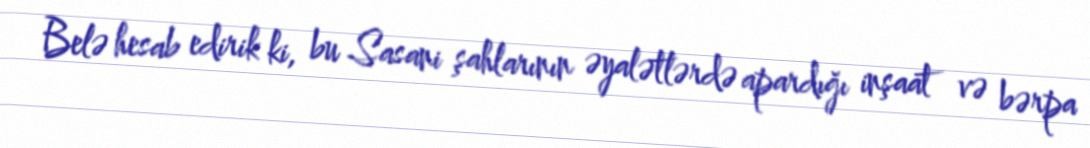
Belə hesab edirik ki, bu Sasani şahlarının əyalətlərdə apardığı inşaat və bərpa